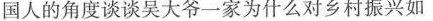
国人的角度谈谈吴大爷一家为什么对乡村振兴如